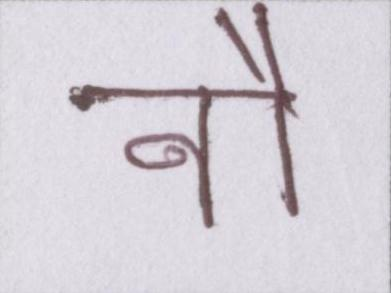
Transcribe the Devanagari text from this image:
नौ